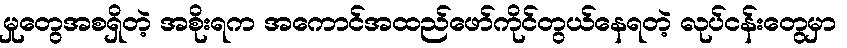
မှုတွေအစရှိတဲ့ အစိုးရက အကောင်အထည်ဖော်ကိုင်တွယ်နေရတဲ့ လုပ်ငန်းတွေမှာ